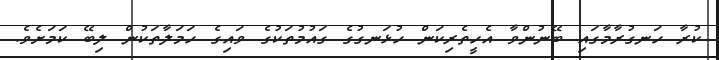
ކުރާ ހަނގުރާމާގައި ބޭނުންވާ އެހީތެރިކަން ހުޅަނގުގެ ގައުމުތަކުގެ ވައިގެ ހަމަލާތަކުން ލިބޭ ކަމަށެވެ.